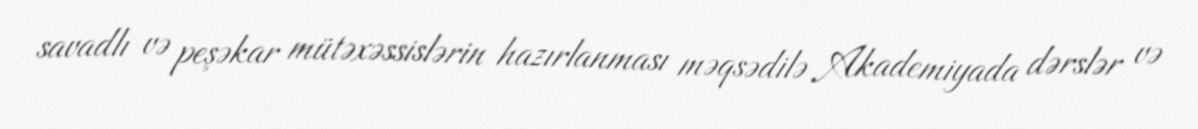
savadlı və peşəkar mütəxəssislərin hazırlanması məqsədilə Akademiyada dərslər və